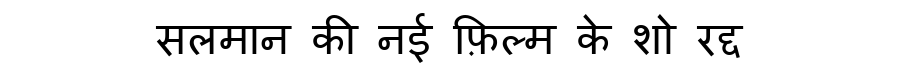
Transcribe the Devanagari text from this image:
सलमान की नई फ़िल्म के शो रद्द